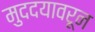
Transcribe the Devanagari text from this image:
मुददयावरून